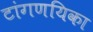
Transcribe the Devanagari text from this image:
टांगणयिका